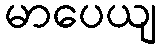
မာပေယျ